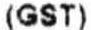
(GST)